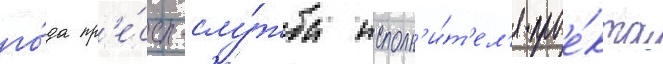
го́да пр'е́сс-слу́жба исполн'и́т'ел'я прое́кта